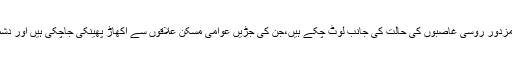
اضلاع میں مجاہدین کی وسیع تر ہونیوالے کنٹرول سے استعمار اور اس کے مزدور روسی غاصبوں کی حالت کی جانب لوٹ چکے ہیں،جن کی جڑیں عوامی مسکن علاقوں سے اکھاڑ پھینکی جاچکی ہیں اور دشمن کے کنٹرول کا علاقہ صرف ان کے محصور اڈوں تک محدود رہ چکا ہے۔